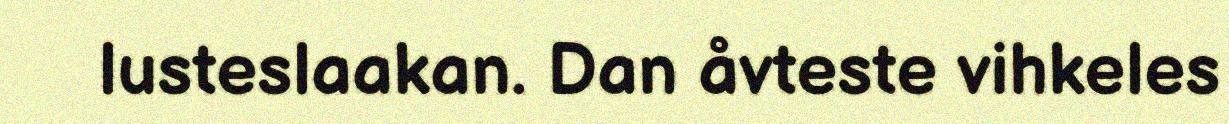
lusteslaakan. Dan åvteste vihkeles